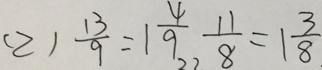
( 2 ) \frac { 1 3 } { 9 } = 1 \frac { 4 } { 9 } \frac { 1 1 } { 8 } = 1 \frac { 3 } { 8 } .